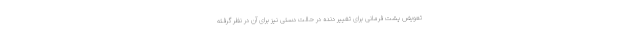
تعویض پشت فرمانی برای تغییر دنده در حالت دستی نیز برای آن در نظر گرفته